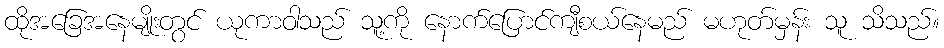
ထိုအခြေအနေမျိုးတွင် ယုကာဝါသည် သူ့ကို နောက်ပြောင်ကျီစယ်နေမည် မဟုတ်မှန်း သူ သိသည်။